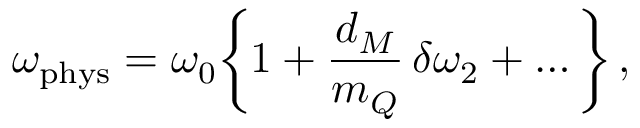
\omega _ { \mathrm { p h y s } } = \omega _ { 0 } \bigg \{ 1 + { \frac { d _ { M } } { m _ { Q } } } \, \delta \omega _ { 2 } + \ldots \bigg \} \, ,